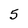
Character: 5